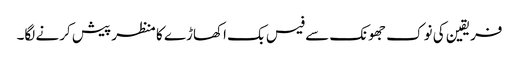
فریقین کی نوک جھونک سے فیس بک اکھاڑے کا منظر پیش کرنے لگا۔